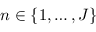
n \in \{ 1 , \dots , J \}